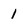
Character: 1